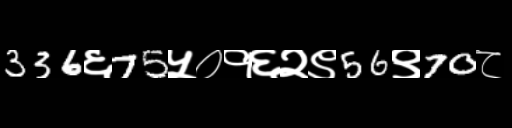
Text: 336६75५०१६२९56९70८